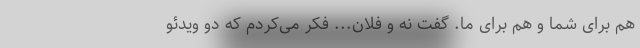
هم برای شما و هم برای ما. گفت نه و فلان... فکر می‌کردم که دو ویدئو